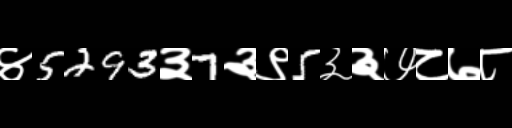
Text: ४5293३7३९5३३७८७८